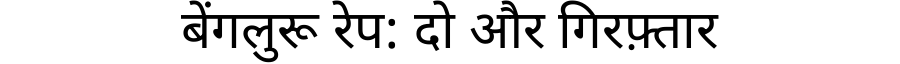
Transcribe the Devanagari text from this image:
बेंगलुरू रेप: दो और गिरफ़्तार